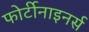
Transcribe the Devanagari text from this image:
फोर्टीनाइनर्स